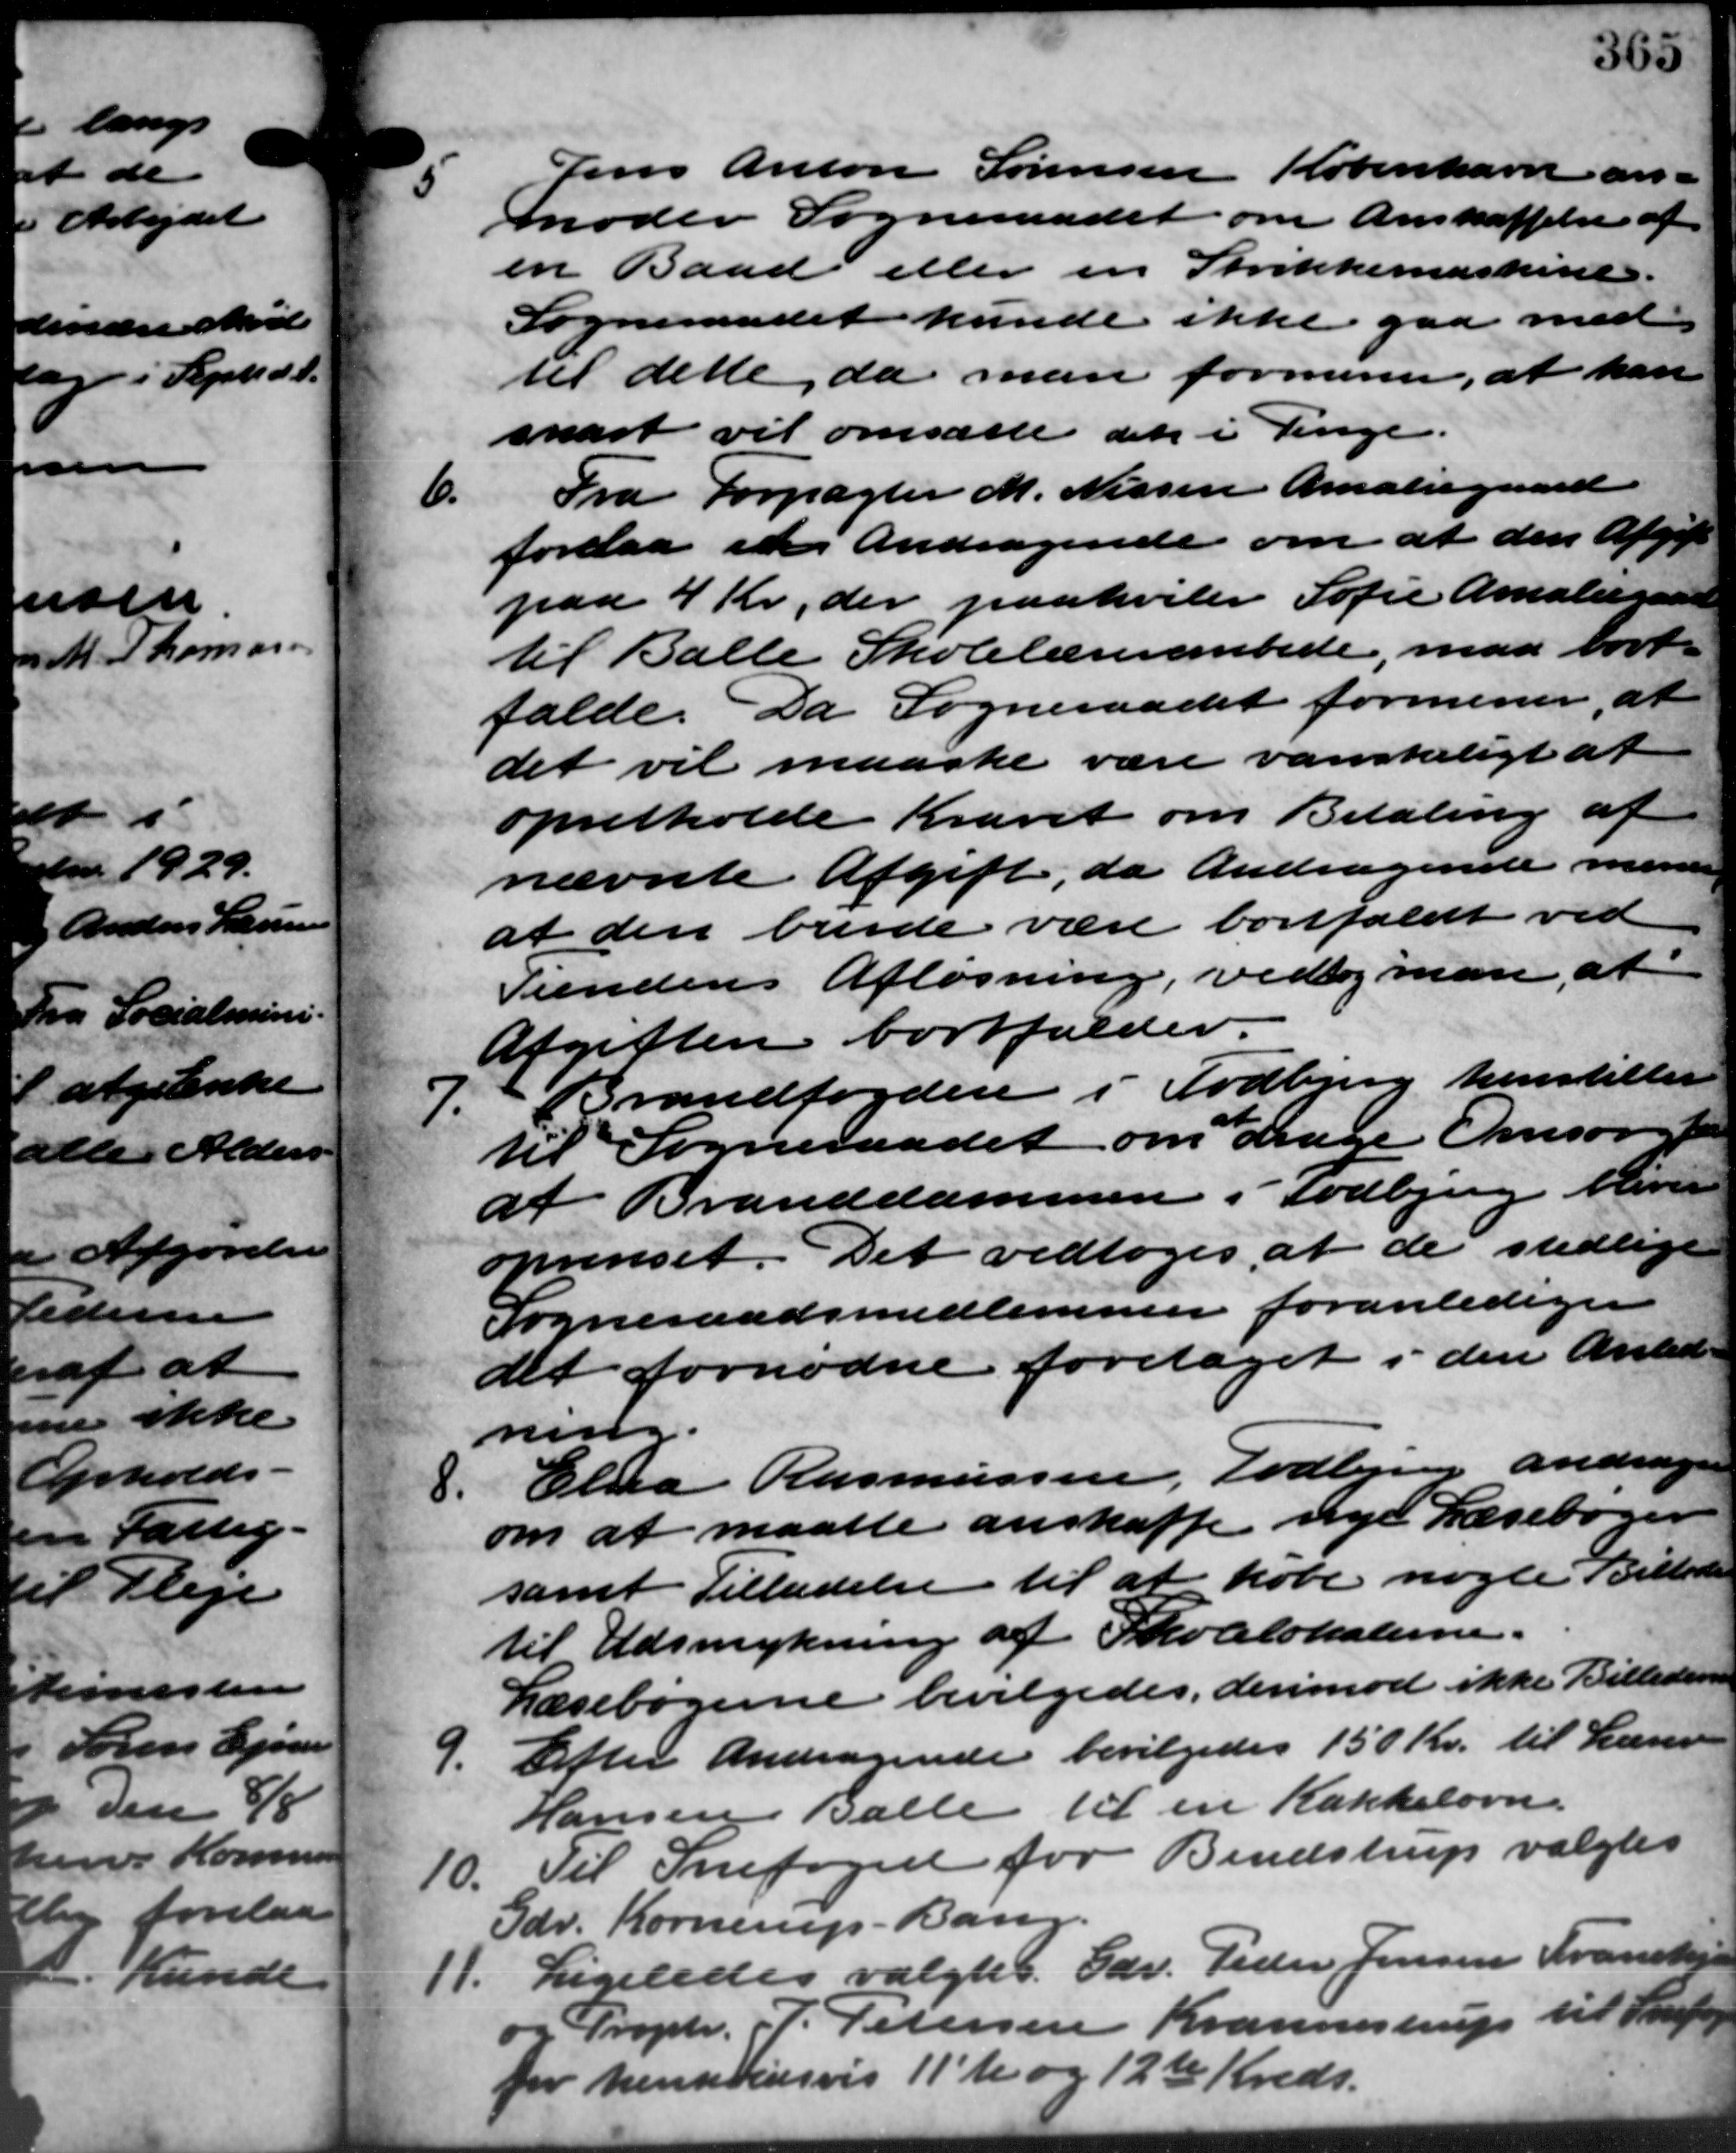
Transskription:
Jens Anton Sørensen København an-
moder Sogneraadet om Anskaffelse af
en Baad eller en Strikkemaskine.
Sogneraadet kunde ikke gaa med
til dette, da man formener, at kan
snart vil omsætte det i Penge.
6.
Fra Forpagter M. Nissen Amaliegaard
forelaa en Andragende om at den Afgift
paa 4 Kr., der paahviler Sofie Amaliegaard
til Balle Skolelærerembede, maa bort
falde. Da Sogneraadet formener, at
det vil maaske være vanskeligt at
opretholde Kravet om Betaling af
nævnte Afgift, da Andragende mener
at den burde være bortfaldt ved
Tiendens Afløsning, vedtog man at
Afgiften bortfalder.

Brandfogden i Todbjerg henstiller
til Sogneraadet om drage Omsorg for
at Branddammen i Todbjerg bliver
oprenset. Det vedtoges at de stedlige
Sogneraadsmedlemmer foranlediger
det fornødne foretaget i den Anled-
ning.
Elna Rasmussen, Todbjerg andrager
8.
om at maatte anskaffe nye Læsebøger
samt Tilladelse til at købe nogle Billeder
til Udsmykning af Skolelokalerne.
Læsebøgerne bevilgedes, derimod ikke Billederne
9. Efter Andragende bevilgedes 150 Kr. til Lærer
9. Efter Andragende bevilgedes 150 Kr. til Lærer
Hansen Balle til en Kakkelovn.
10.
Til Snefoged for Bendstrup valgtes
Gdr. Kornerup - Bang.
11.
Ligeledes valgtes Gdr. Peder Jensen Transke
og Proptr. J. Petersen Krannestrup til Steffen
for henholdsvis 11te og 12te Kreds.